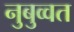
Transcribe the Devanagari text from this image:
नुबुव्वत